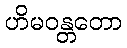
ဟိမဝန္တတော